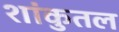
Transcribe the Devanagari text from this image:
शांकुतल